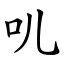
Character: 叽